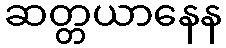
ဆတ္တယာနေန